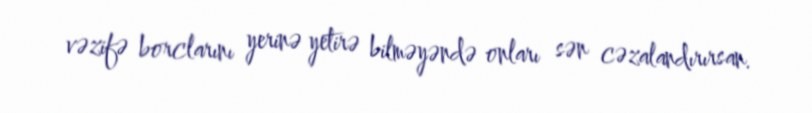
vəzifə borclarını yerinə yetirə bilməyəndə onları sən cəzalandırırsan.